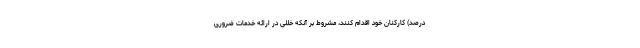
درصد) کارکنان خود اقدام کنند، مشروط بر آنکه خللی در ارائه خدمات ضروری